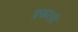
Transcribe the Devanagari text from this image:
प्रकासी